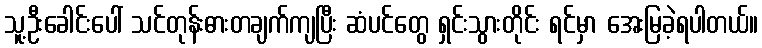
သူ့ဦးခေါင်းပေါ် သင်တုန်းဓားတချက်ကျပြီး ဆံပင်တွေ ရှင်းသွားတိုင်း ရင်မှာ အေးမြခဲ့ရပါတယ်။